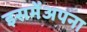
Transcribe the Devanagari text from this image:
इसमेंअपना